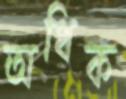
অধিক